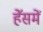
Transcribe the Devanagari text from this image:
हॅेसमें